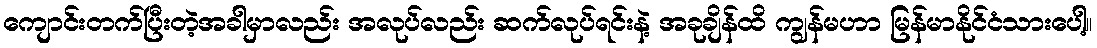
ကျောင်းတက်ပြီးတဲ့အခါမှာလည်း အလုပ်လည်း ဆက်လုပ်ရင်းနဲ့ အခုချိန်ထိ ကျွန်မဟာ မြန်မာနိုင်ငံသားပေါ့။